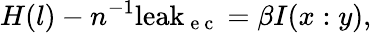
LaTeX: H(l)-n^{-1}\mathrm{leak}_{\mathrm{~e~c~}}=\beta I(x:y),